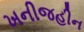
ખનીજહીન